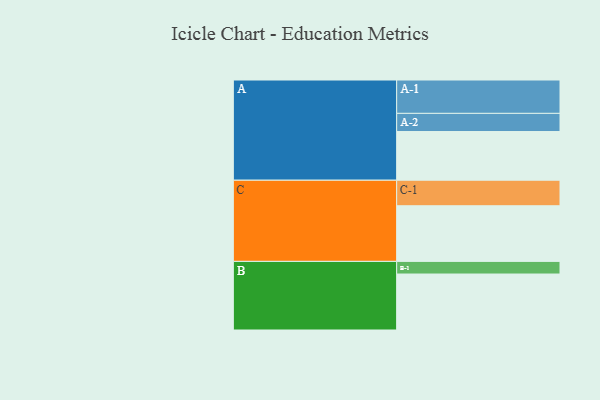
{"axis": {"x": "Segment", "y": "Value"}, "legend": ["", "A", "B", "C"], "data": [{"x": "A", "y": 416, "type": ""}, {"x": "B", "y": 478, "type": ""}, {"x": "C", "y": 475, "type": ""}, {"x": "A-1", "y": 285, "type": "A"}, {"x": "A-2", "y": 155, "type": "A"}, {"x": "B-1", "y": 108, "type": "B"}, {"x": "C-1", "y": 218, "type": "C"}]}